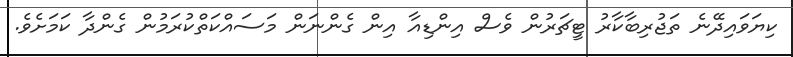
ކިޔަވައިދޭނެ ތަޖުރިބާކާރު ޓީޗަރުން ވެސް އިންޑިއާ އިން ގެންނަން މަސައްކަތްކުރަމުން ގެންދާ ކަމަށެވެ.